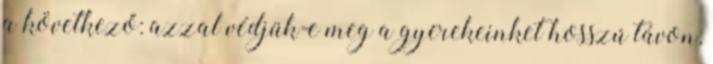
a következő: azzal védjük-e meg a gyerekeinket hosszú távon,